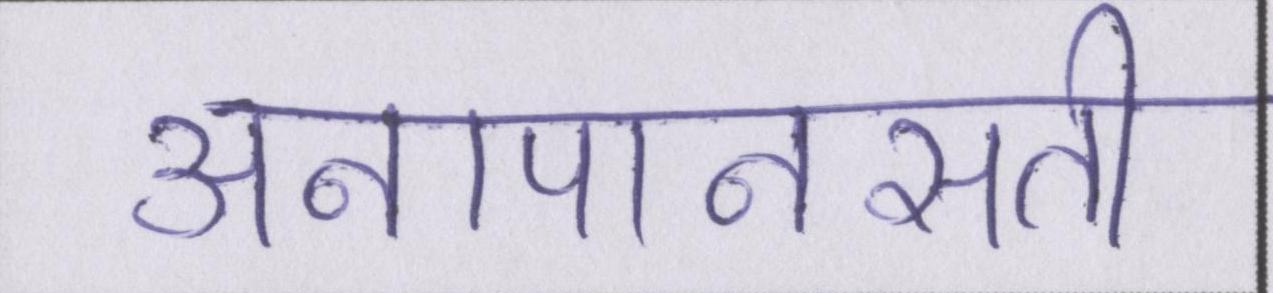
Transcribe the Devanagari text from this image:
अनापानसती